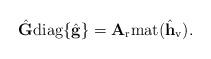
LaTeX: \begin{align*}\hat{\mathbf{G}}{\rm diag}\{\hat{\mathbf{g}}\}=\mathbf{A}_{\rm r}{\rm mat}(\hat{\mathbf{h}}_{\rm v}).\end{align*}